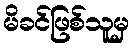
မိခင်ဖြစ်သူမှ